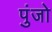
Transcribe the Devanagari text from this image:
पुंजो